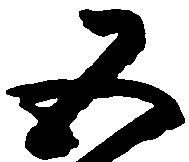
五